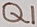
Text: Q1